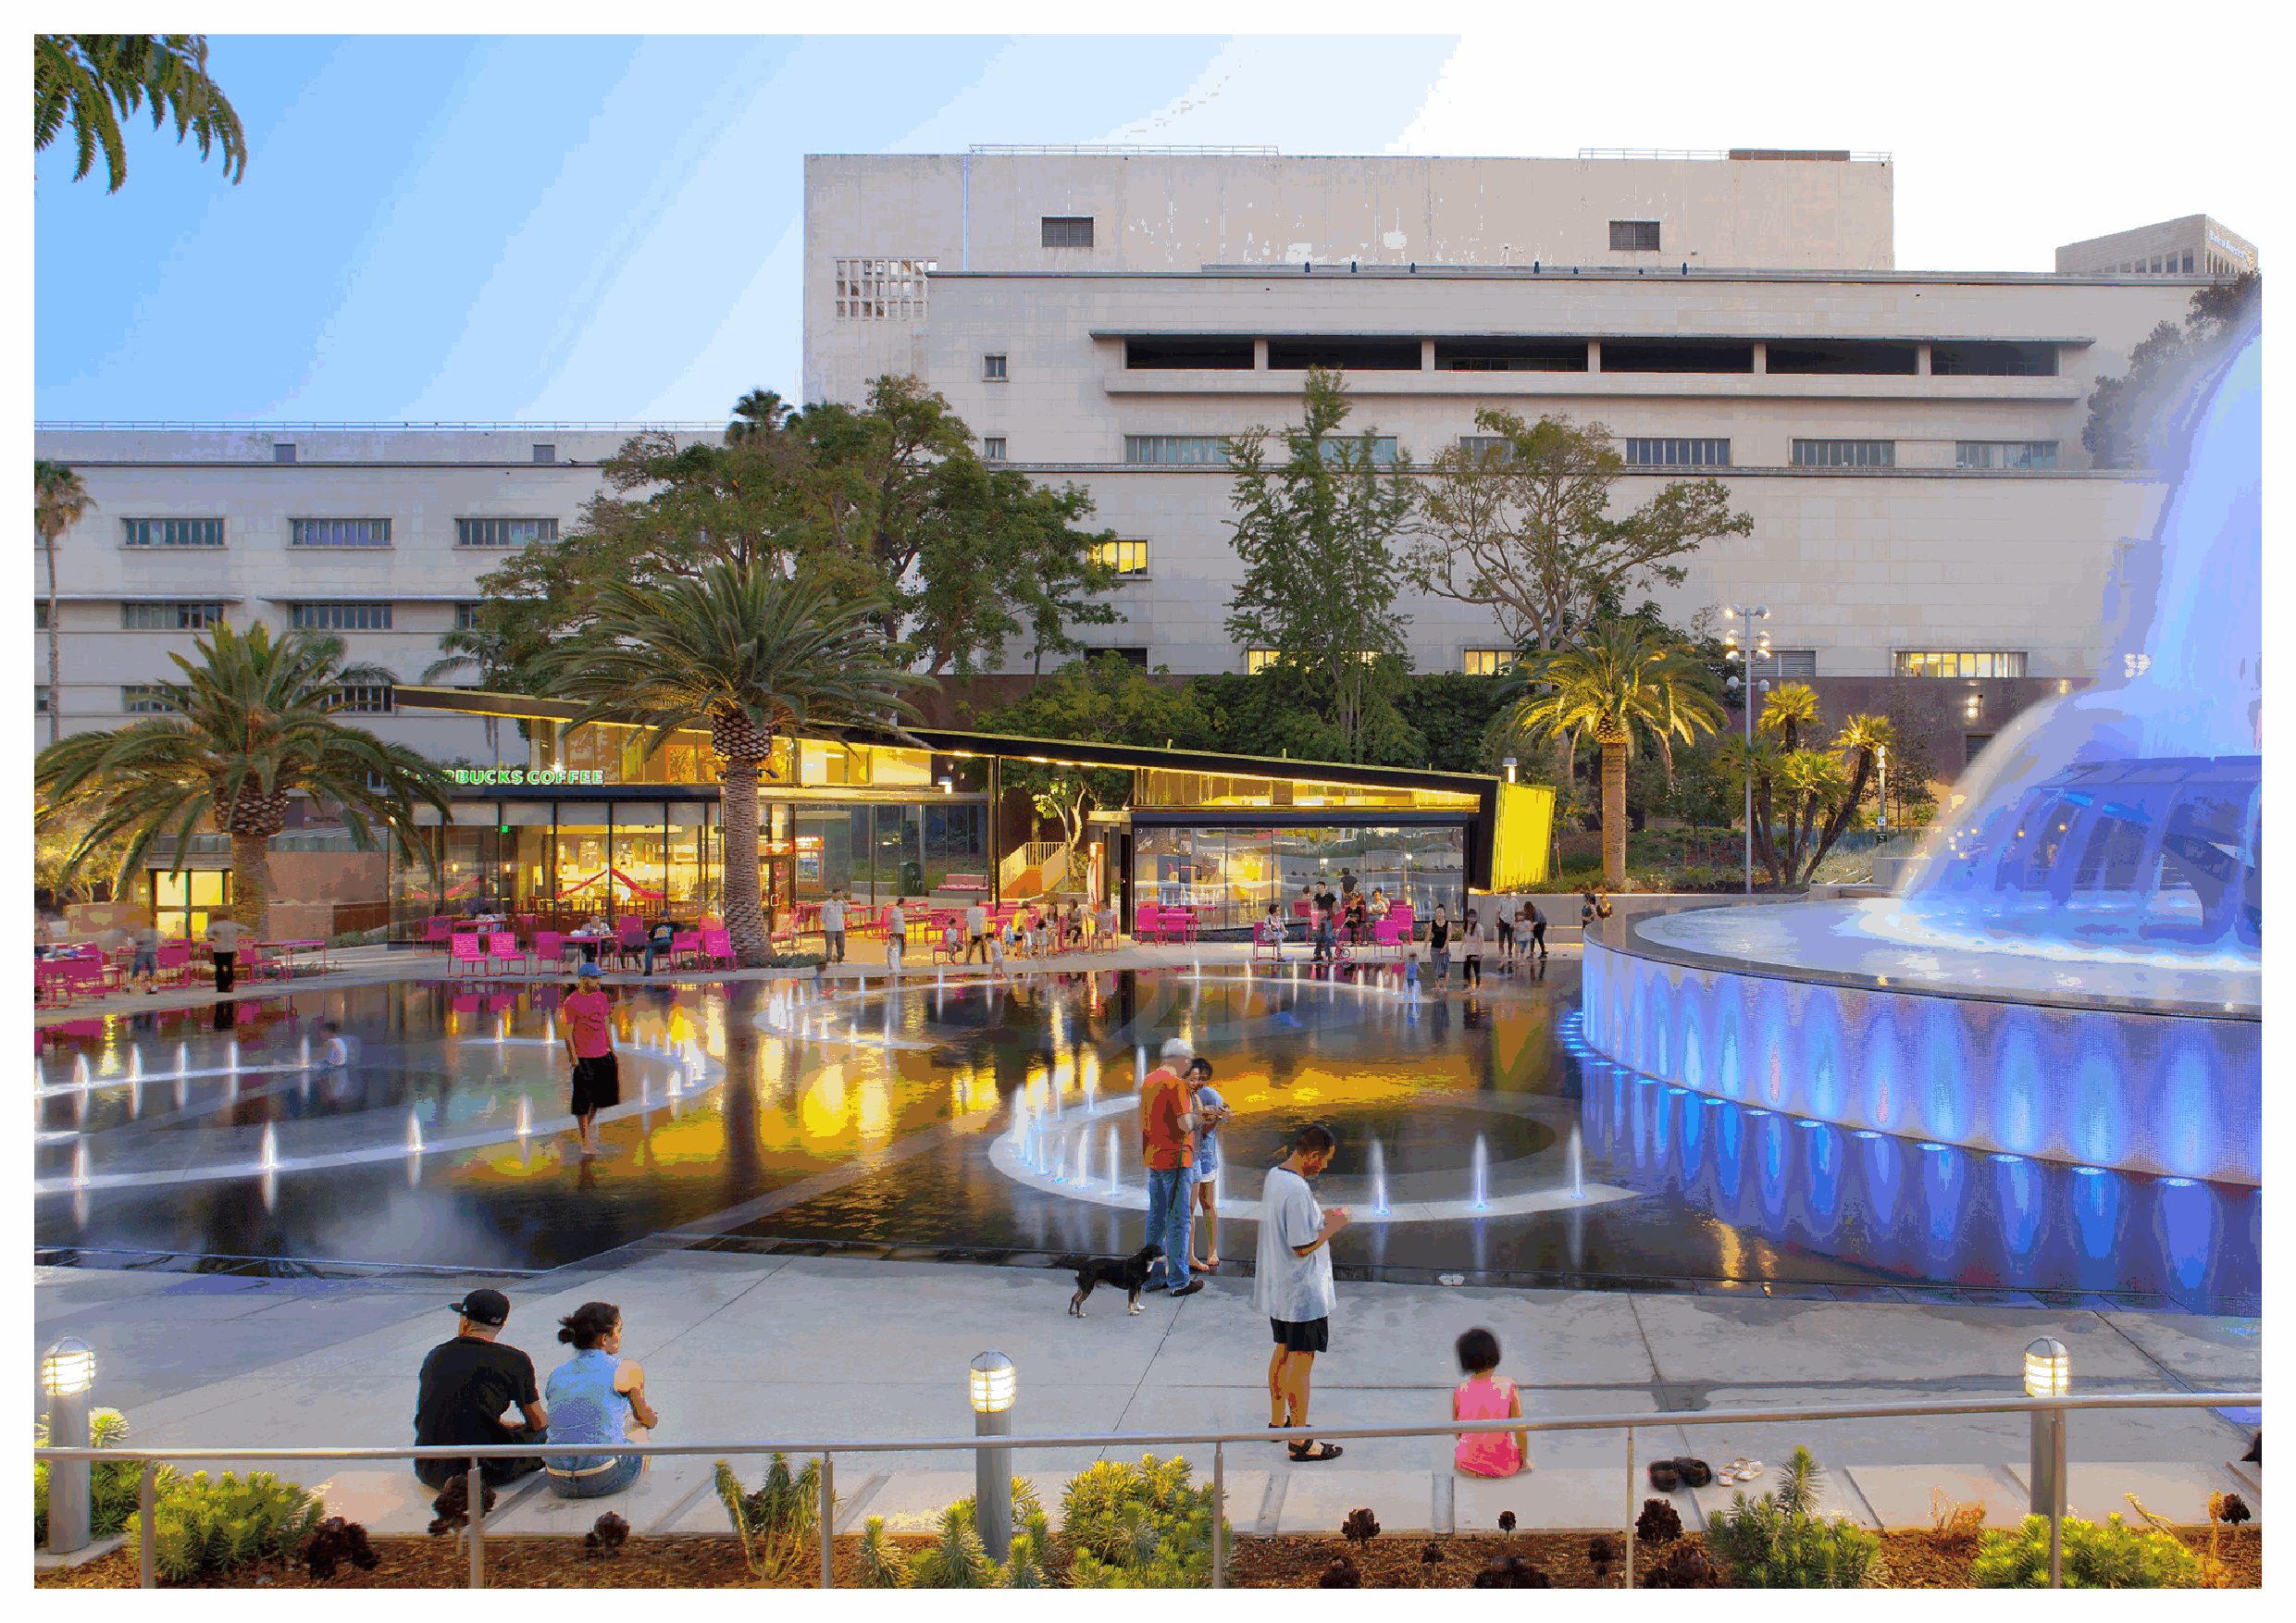
RIOS 精选项目方案                                                                                                                                 RIOS 精选项目方案